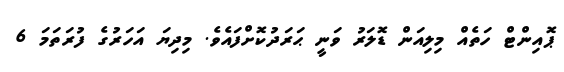
ޕޮއިންޓް ހަތެއް މިލިއަން ޑޮލަރު ވަނީ ޙަރަދުކޮށްފައެވެ. މިދިޔަ އަހަރުގެ ފުރަތަމަ 6